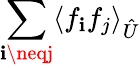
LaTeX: \sum_{\mathbf{i}\neqj}\langle{f_{\mathbf{i}}}{f_{j}}\rangle_{\hat{{U}}}